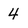
Character: 4